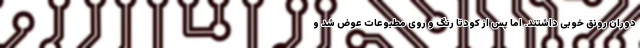
دوران رونق خوبی داشتند. اما پس از کودتا رنگ و روی مطبوعات عوض شد و